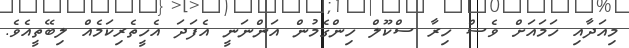
މިއަދާއި ހަމައަށް ވެސް ހިރާ ސްކޫލް ހިންގެމުން އަންނަނީ އެފަދަ އެހީތެރިކަމެއް ލިބޭތީއެވެ.